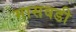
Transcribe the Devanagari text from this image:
मासवडी